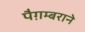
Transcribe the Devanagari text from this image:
पैग़म्बराने